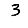
Digit: 3